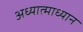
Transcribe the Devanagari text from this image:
अध्यात्माध्यान